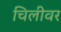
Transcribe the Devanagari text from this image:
चिलीवर